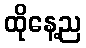
ထိုနေ့ည